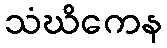
သံဃိကေန